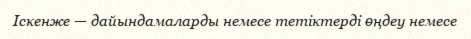
Iскенже — дайындамаларды немесе тетіктерді өңдеу немесе